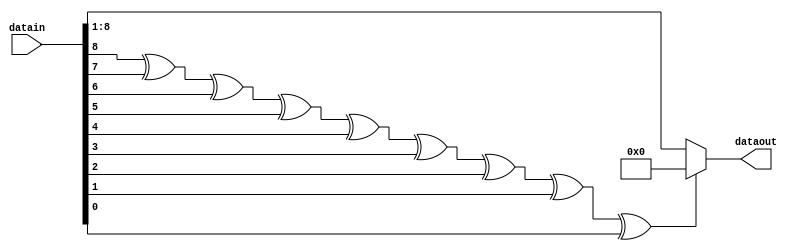
module rCheckCode(datain, dataout);
input [8:0] datain;
output reg [7:0] dataout;

reg checkBit;
always @(*) 
begin
    checkBit = datain[8]^datain[7]^datain[6]^datain[5]^datain[4]^datain[3]^datain[2]^datain[1]^datain[0];
    dataout = (checkBit==1'b0)?datain[8:1]:8'b00000000;
end
 
endmodule